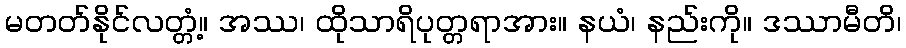
မတတ်နိုင်လတ္တံ့။ အဿ၊ ထိုသာရိပုတ္တရာအား။ နယံ၊ နည်းကို။ ဒဿာမီတိ၊